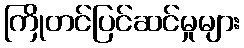
ကြိုတင်ပြင်ဆင်မှုများ